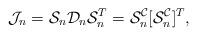
LaTeX: \begin{align*}\mathcal{J}_n=\mathcal{S}_n\mathcal{D}_n\mathcal{S}_n^T=\mathcal{S}^\mathcal{C}_n[\mathcal{S}^\mathcal{C}_n]^T,\end{align*}